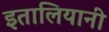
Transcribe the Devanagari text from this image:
इतालियानी